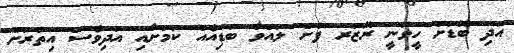
އަދި ބޮޑަށް ހީވަނީ ރޭޒަރ ފުށް ލައްވާ ބަޑިއެއް ކަމަށާއި އަދިވެސް އިތުރަށް